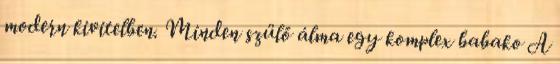
modern kivitelben. Minden szülő álma egy komplex babako A